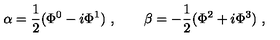
\alpha = \frac 1 2 ( \Phi ^ { 0 } - i \Phi ^ { 1 } ) \ , \qquad \beta = - \frac 1 2 ( \Phi ^ { 2 } + i \Phi ^ { 3 } ) \ , \qquad